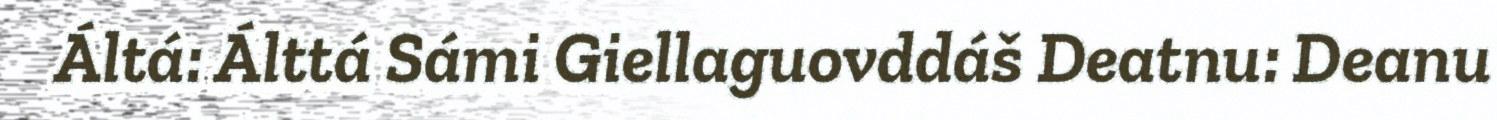
Áltá: Álttá Sámi Giellaguovddáš Deatnu: Deanu